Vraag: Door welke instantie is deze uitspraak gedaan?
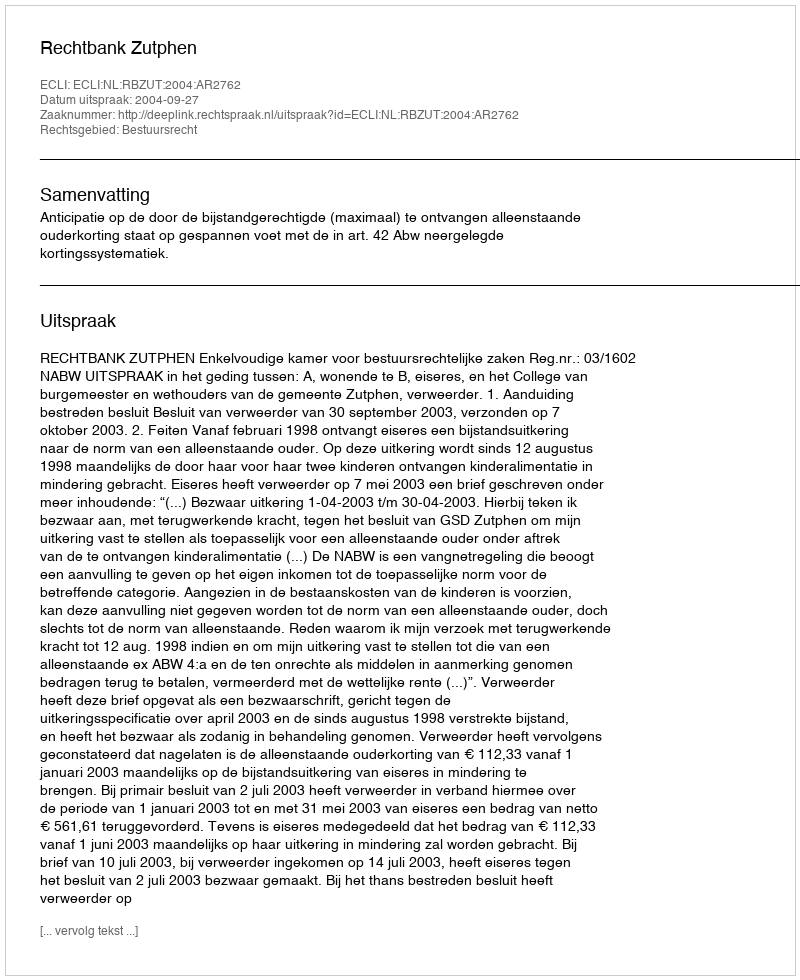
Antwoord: Rechtbank Zutphen